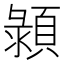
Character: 𩓪